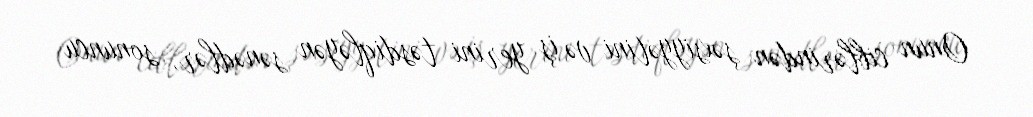
Onun ciblərindən şəxsiyyətini və iş yerini təsdiqləyən sənədlər, sonuncu